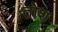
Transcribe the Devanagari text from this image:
तोश